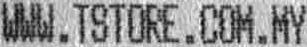
WWW.TSTORE.COM.MY